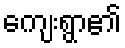
ကျေးရွာ၏